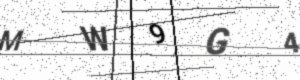
Text: MW9G4